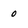
Character: 0